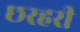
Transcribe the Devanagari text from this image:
छरहरी